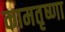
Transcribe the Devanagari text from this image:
कामतृष्णा